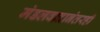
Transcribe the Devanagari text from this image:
मंडलवादानंतरही